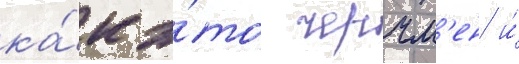
ка́к э́то черчм'ен и́